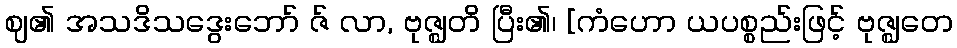
ဈ၏ အသဒိသဒွေးဘော် ဇ် လာ, ဗုဇ္ဈတိ ပြီး၏၊ [ကံဟော ယပစ္စည်းဖြင့် ဗုဇ္ဈတေ